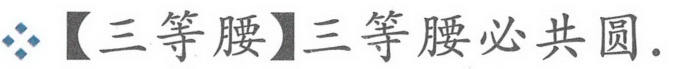
【三等腰】三等腰必共圆.